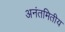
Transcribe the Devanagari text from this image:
अनंतमितीय